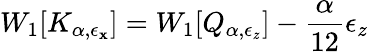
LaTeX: W_{1}[K_{\alpha,\epsilon_{\mathbf{x}}}]=W_{1}[Q_{\alpha,\epsilon_{z}}]-{\frac{{\alpha}}{{12}}}\epsilon_{z}~~~